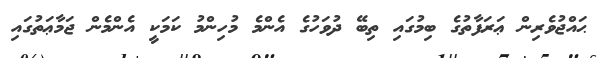
ޙައްޖުވެރިން ޢަރަފާތުގެ ބިމުގައި ތިބޭ ދުވަހުގެ އެންމެ މުހިންމު ކަމަކީ އެންމެން ޖަމާޢަތުގައި